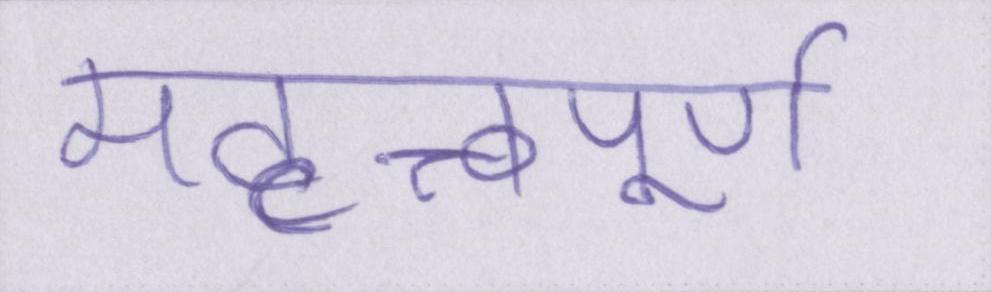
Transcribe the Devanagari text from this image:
महत्त्वपूर्ण